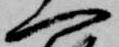
一